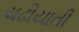
ચઢીયાતી